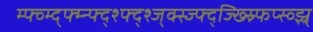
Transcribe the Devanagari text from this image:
म्फ्व्म्द्फ्म्न्फ्द्श्फ्द्श्ज्क्स्ज्फ्द्ज्ख्स्र्फिप्स्व्झ्र्